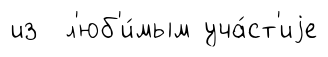
из л'юб'и́мым уча́ст'иjе